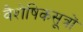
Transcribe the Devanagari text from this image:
वैशेषिकसूत्रों